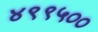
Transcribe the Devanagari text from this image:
४९९५००